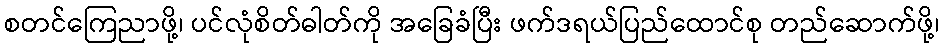
စတင်ကြေညာဖို့၊ ပင်လုံစိတ်ဓါတ်ကို အခြေခံပြီး ဖက်ဒရယ်ပြည်ထောင်စု တည်ဆောက်ဖို့၊